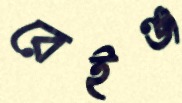
রেইঞ্জ